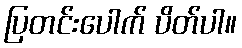
ပြတင်းပေါက် ပိတ်ပါ။